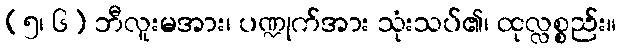
(၅၊ ၆) ဘီလူးမအား၊ ပဏ္ဍုက်အား သုံးသပ်၏၊ ထုလ္လစ္စည်း။